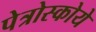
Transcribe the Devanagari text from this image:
पेत्रोस्कोये